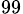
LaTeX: _{99}